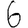
Digit: 6